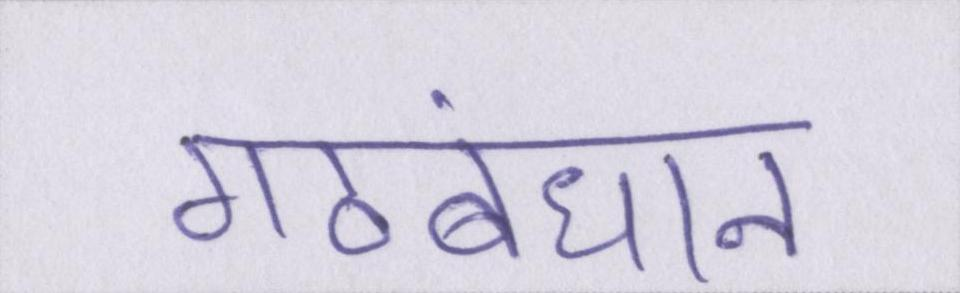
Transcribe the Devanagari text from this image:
गठबंधान